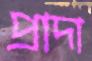
প্রাদা